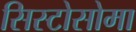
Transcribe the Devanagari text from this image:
सिस्टोसोमा